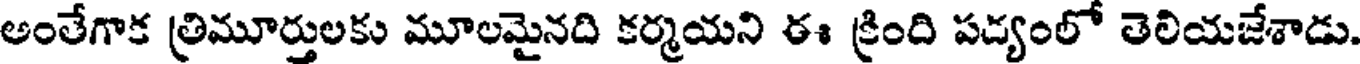
అంతేగాక త్రిమూర్తులకు మూలమైనది కర్మయని ఈ క్రింది పద్యంలో తెలియజేశాడు.